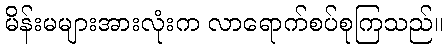
မိန်းမများအားလုံးက လာရောက်စပ်စုကြသည်။